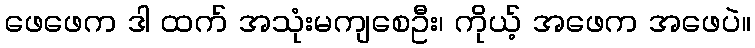
ဖေဖေက ဒါ ထက် အသုံးမကျစေဦး၊ ကိုယ့် အဖေက အဖေပဲ။